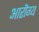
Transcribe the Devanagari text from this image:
आरॊग्य